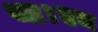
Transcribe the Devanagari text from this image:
था।एम